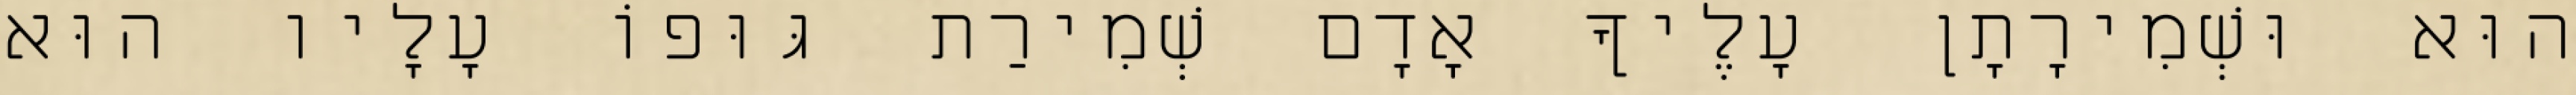
הוּא וּשְׁמִירָתָן עָלֶיךָ אָדָם שְׁמִירַת גּוּפוֹ עָלָיו הוּא